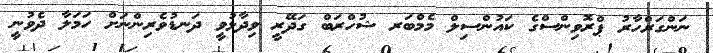
ނަންގަރްހާރު ޕްރޮވިންސްގެ ކައުންސިލް މެމްބަރ ޝުހްރަބް ގަދޭރީ ވިދާޅުވީ ދަނޑުވެރިންނަށް ހަމަލާ ދެވުނީ